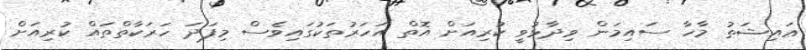
ޢައިޝަތު މާހާ ސައިމަން ވިދާޅުވީ ކުރިއަށް އޮތް އަހަރުތަކުގައިވެސް މިފަދަ ހަރަކާތްތައް ކުރިއަށް